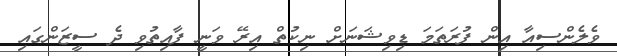
ވެލެންސިއާ އިން ފުރަތަމަ ޑިވިޝަނަށް ނިކުތް އިރޭ ވަނީ ފާއިތުވި ދެ ސީޒަންގައި